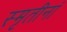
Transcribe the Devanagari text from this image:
स्मृतीनां